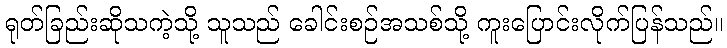
ရုတ်ခြည်းဆိုသကဲ့သို့ သူသည် ခေါင်းစဉ်အသစ်သို့ ကူးပြောင်းလိုက်ပြန်သည်။